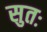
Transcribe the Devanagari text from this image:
सुतः